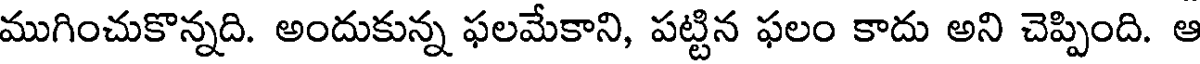
ముగించుకొన్నది. అందుకున్న ఫలమేకాని, పట్టిన ఫలం కాదు అని చెప్పింది. ఆ